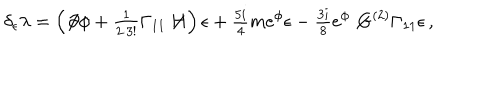
\delta _ { \epsilon } \lambda = \left( \not \! \partial \phi + { \textstyle \frac { 1 } { 2 \cdot 3 ! } } \Gamma _ { 1 1 } \not \! \! H \right) \epsilon + { \textstyle \frac { 5 i } { 4 } } m e ^ { \phi } \epsilon - { \textstyle \frac { 3 i } { 8 } } e ^ { \phi } \not \! G ^ { ( 2 ) } \Gamma _ { 1 1 } \epsilon \, ,